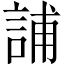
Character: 誧